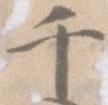
千